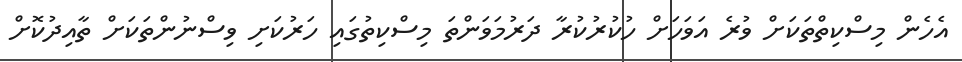
އެހެން މިސްކިތްތަކަށް ވުރެ އަވަހަށް ހުކުރުކުރާ ދަރުމަވަންތަ މިސްކިތުގައި ހަރުކަށި ވިސްނުންތަކަށް ތާއިދުކޮށް